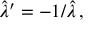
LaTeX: \hat { \lambda } ^ { \prime } = - 1 / \hat { \lambda } \, ,